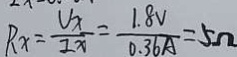
R _ { x } = \frac { U x } { I x } = \frac { 1 . 8 V } { 0 . 3 6 A } = 5 \Omega